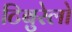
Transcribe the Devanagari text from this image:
टिबुरेलो